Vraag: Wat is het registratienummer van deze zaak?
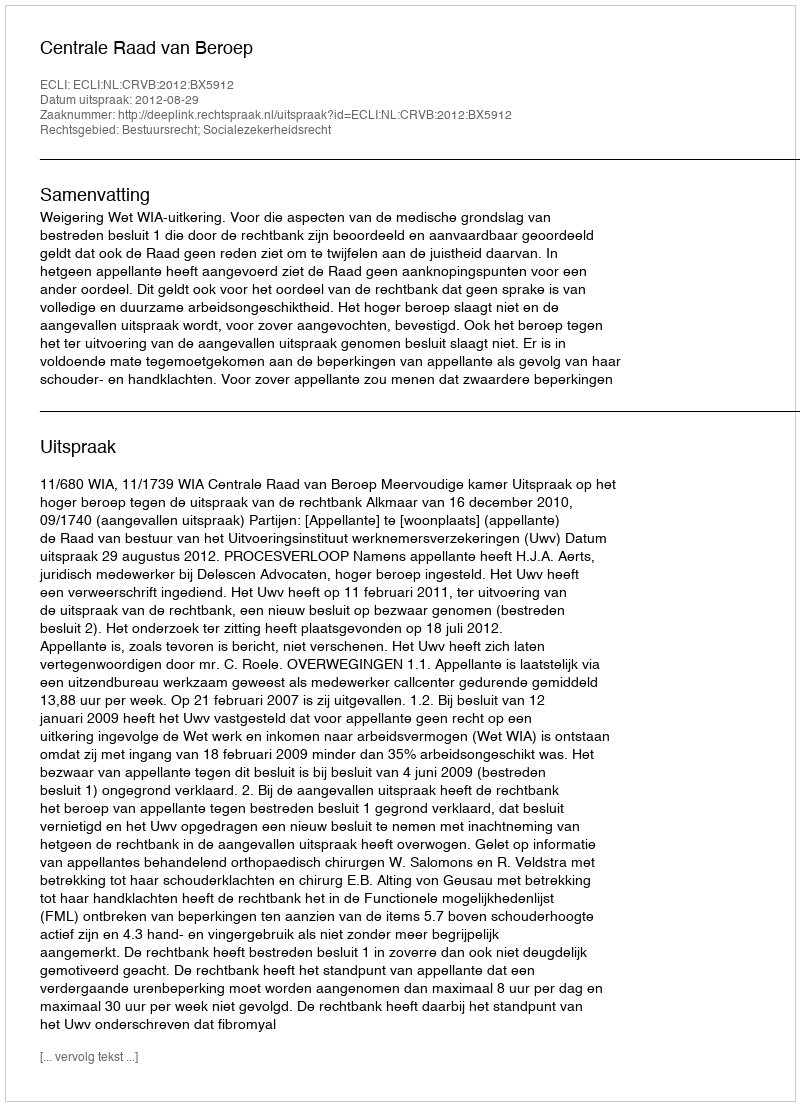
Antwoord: http://deeplink.rechtspraak.nl/uitspraak?id=ECLI:NL:CRVB:2012:BX5912